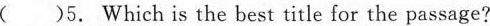
( )5. Which is the best title for the passage?